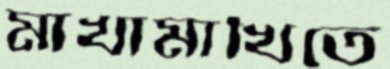
মাখামাখিতে